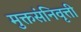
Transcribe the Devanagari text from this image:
मुक्तसंनिवृत्ती